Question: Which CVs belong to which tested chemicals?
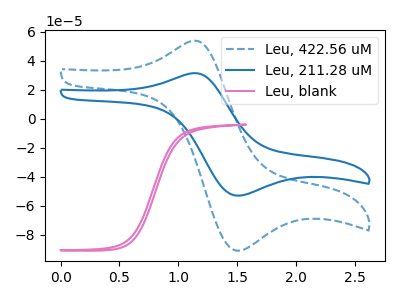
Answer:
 <answer>The blue dashed curve is labeled "Leu, 422.56 uM". The blue curve is labeled "Leu, 211.28 uM". The pink curve is labeled "Leu, blank".</answer>
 <eval></eval>